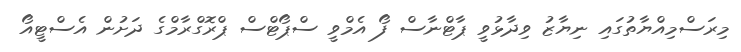
މިރަސްމިއްޔާތުގައި ނިޔާޒު ވިދާޅުވީ ޕާޓްނާސް ފޯ އެމްވީ ސްޕޯޓްސް ޕްރޮގްރާމްގެ ދަށުން އެސްޓީއޯ